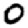
Digit: 0